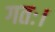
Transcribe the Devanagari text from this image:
गतः।